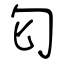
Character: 匂